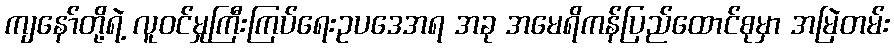
ကျနော်တို့ရဲ့ လူဝင်မှုကြီးကြပ်ရေးဥပဒေအရ အခု အမေရိကန်ပြည်ထောင်စုမှာ အမြဲတမ်း